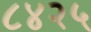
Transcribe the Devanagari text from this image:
८४२५